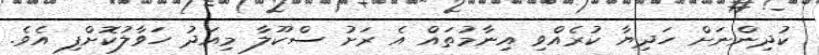
ކުދިންނަށް ހަދިޔާ ކުރެއްވި އިނާމުތައް އެ ރަށު ސްކޫލާ މިއަދު ހަވާލުކޮށްފި އެވެ.